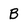
Character: B